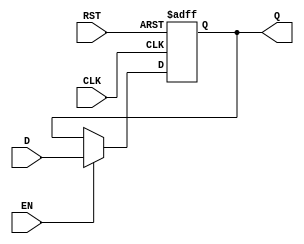
module IntermediateRegister #(
    parameter WIDTH = 8  // Parameter for data width (default is 8 bits)
)(
    input wire [WIDTH-1:0] D,    // Data input
    input wire CLK,               // Clock input
    input wire RST,               // Asynchronous reset
    input wire EN,                // Enable input (optional)
    output reg [WIDTH-1:0] Q      // Data output
);

    // Asynchronous reset and clock edge behavior
    always @(posedge CLK or posedge RST) begin
        if (RST) begin
            Q <= {WIDTH{1'b0}};     // Reset output to zero
        end else if (EN) begin
            Q <= D;                 // Capture input data on clock edge if enabled
        end
        // If EN is not asserted, Q retains its previous value
    end

endmodule